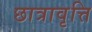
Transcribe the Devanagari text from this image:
छात्रावृत्ति